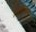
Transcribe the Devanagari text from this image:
निर्गुणम्